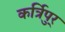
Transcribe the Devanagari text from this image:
कर्त्रिपुर्